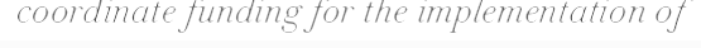
coordinate funding for the implementation of